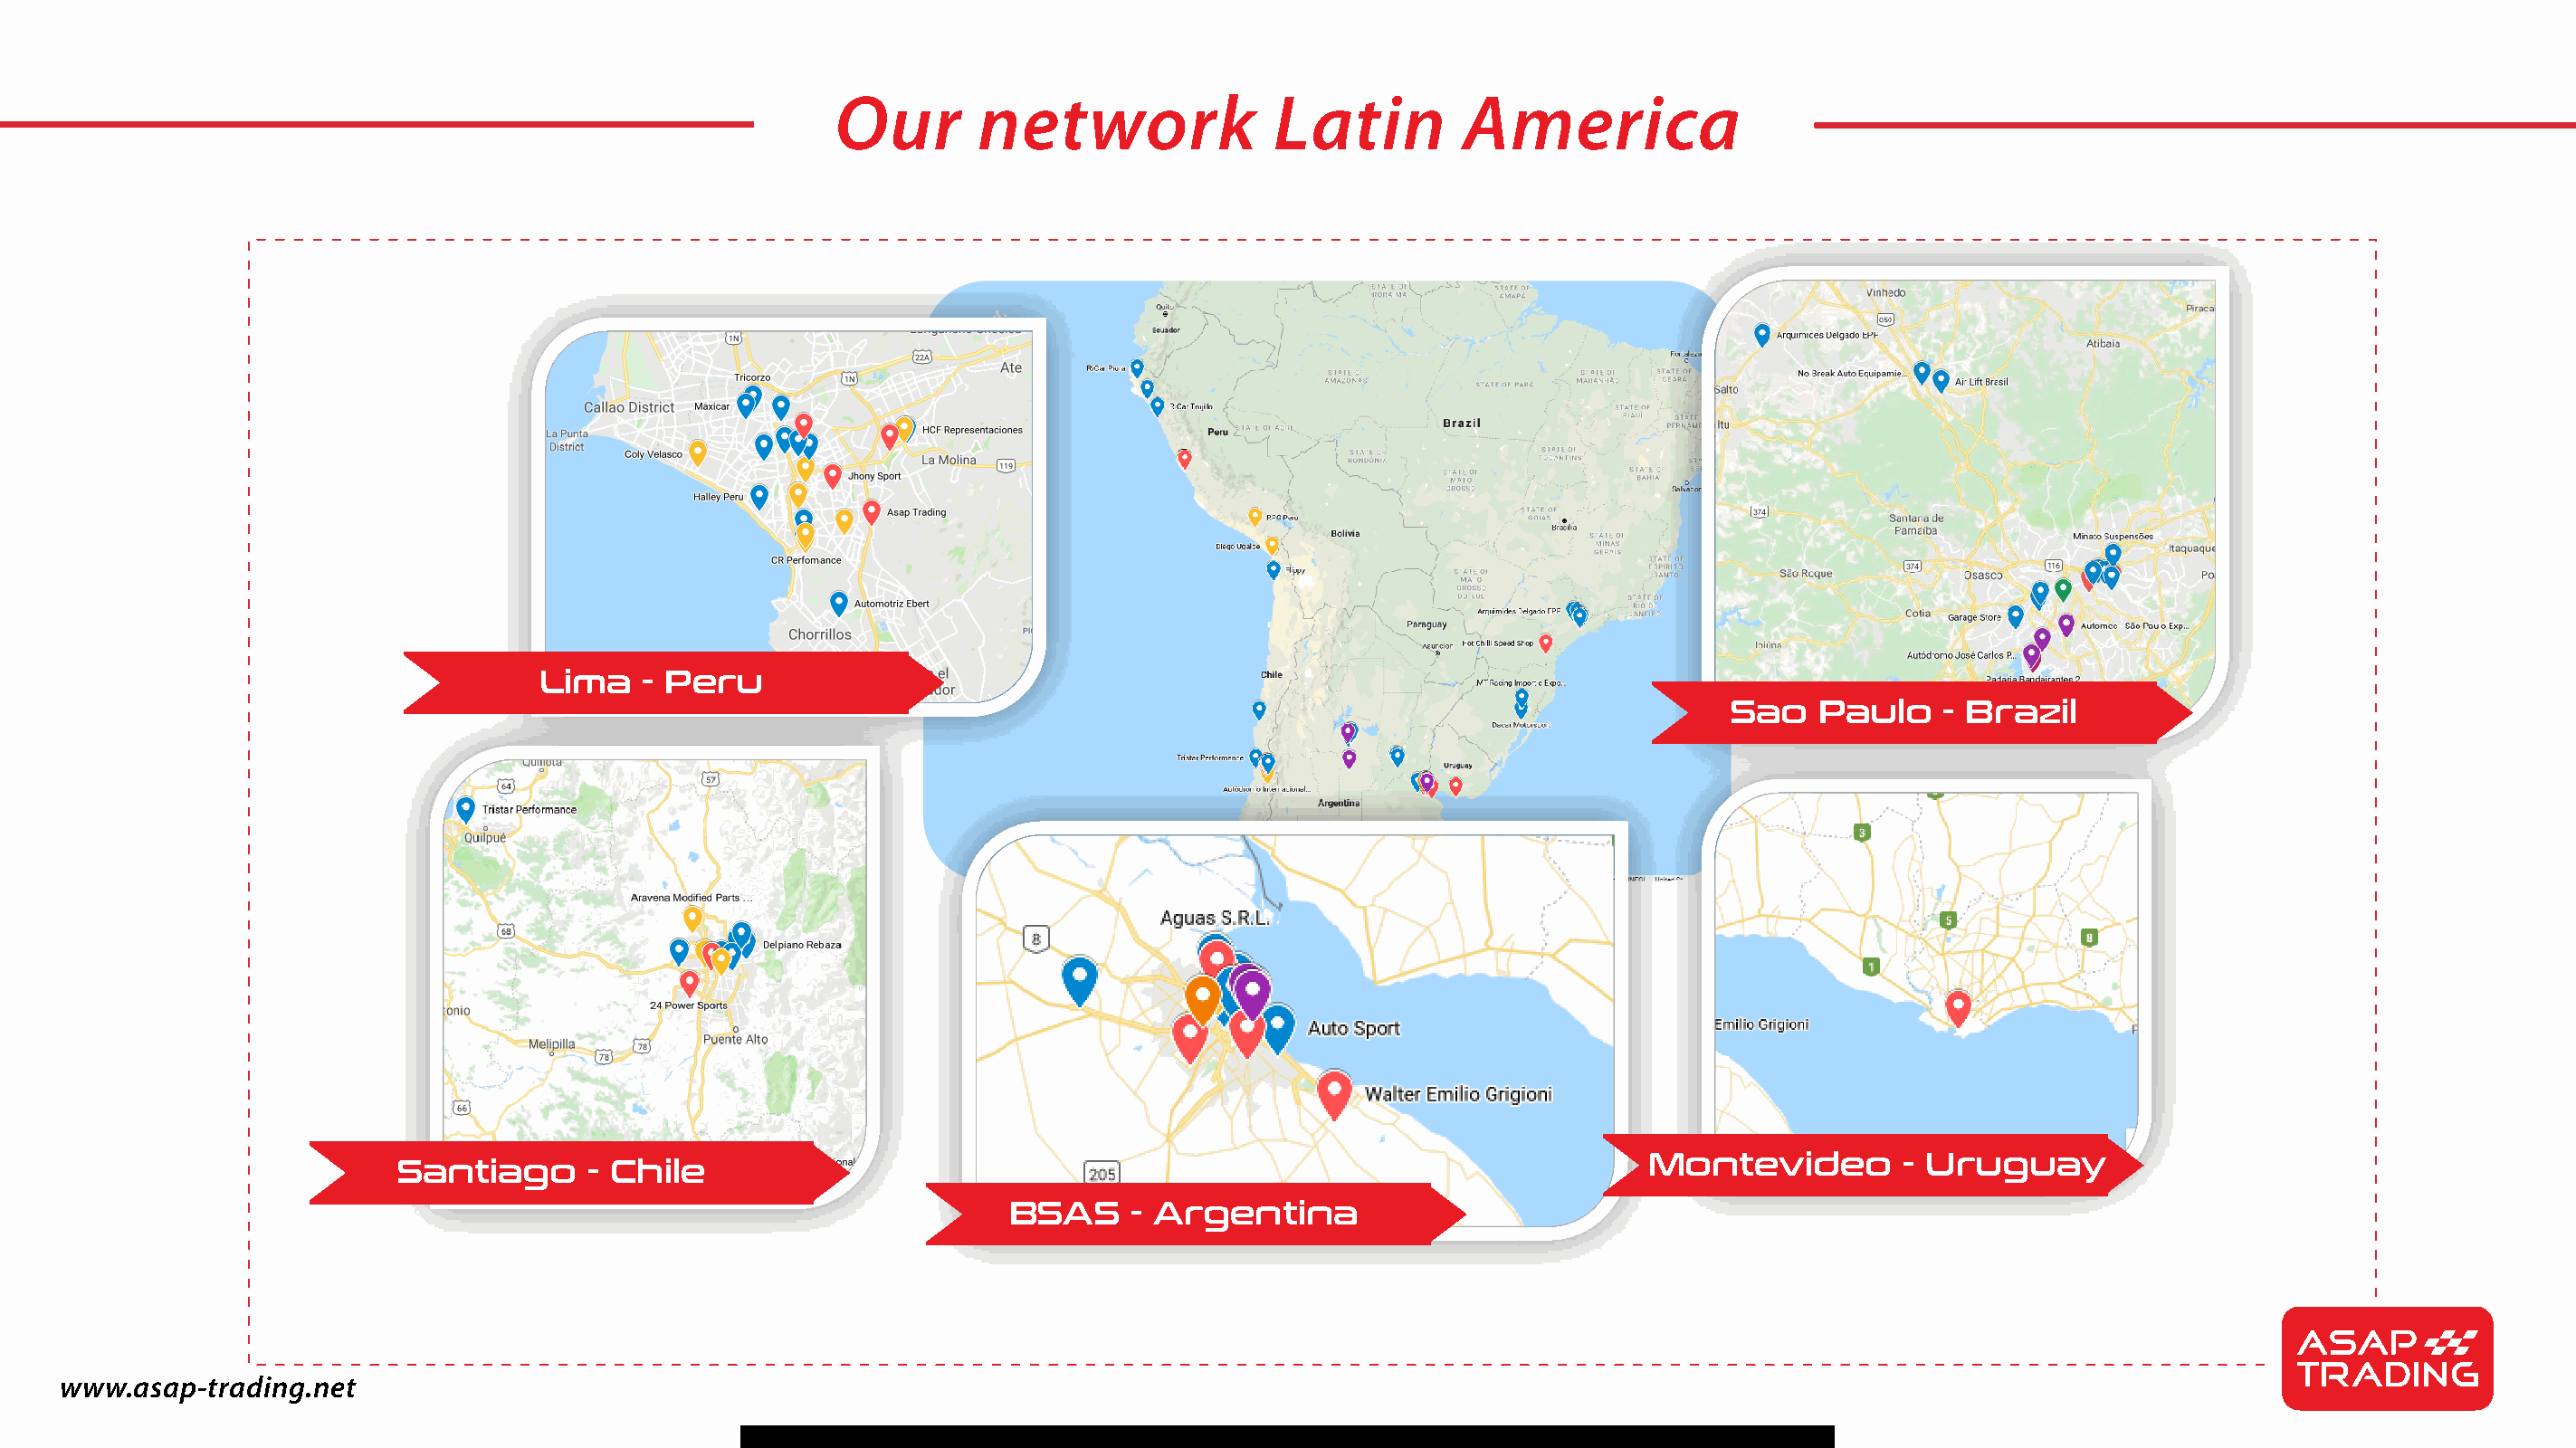
Our        network              Latin         America
 Lima    - Peru
 Sao    Paulo    - Brazil
 Montevideo        - Uruguay
 Santiago      - Chile
 BSAS     - Argentina
 www.asap-trading.net